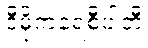
ဒီမိုကရေစီပါတီ